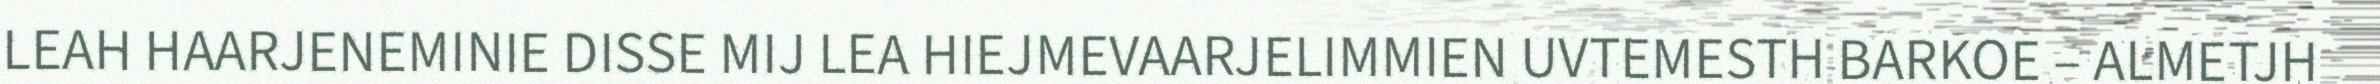
LEAH HAARJENEMINIE DISSE MIJ LEA HIEJMEVAARJELIMMIEN UVTEMESTH BARKOE – ALMETJH